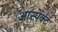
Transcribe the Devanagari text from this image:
आस्पेक्ट